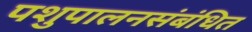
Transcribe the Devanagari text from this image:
पशुपालनसंबंधित